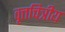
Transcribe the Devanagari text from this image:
वृत्तचित्रीय